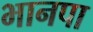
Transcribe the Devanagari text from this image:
भानपा